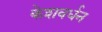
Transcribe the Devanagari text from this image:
केशवर्धन